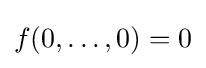
f(0,\dots ,0)=0